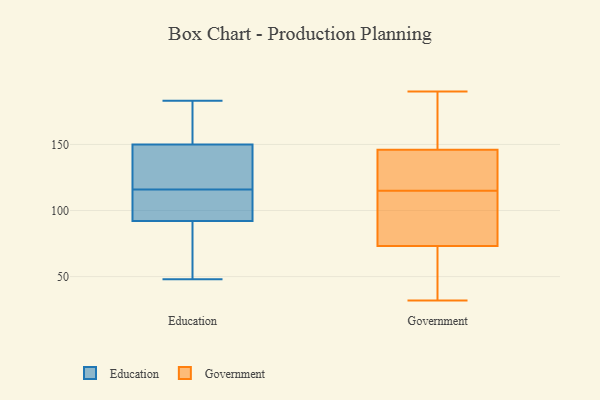
{"axis": {"x": "Tickets Resolved", "y": "Value"}, "legend": ["Education", "Government"], "data": [{"x": "", "y": 102, "type": "Education"}, {"x": "", "y": 151, "type": "Education"}, {"x": "", "y": 66, "type": "Education"}, {"x": "", "y": 150, "type": "Education"}, {"x": "", "y": 92, "type": "Education"}, {"x": "", "y": 53, "type": "Education"}, {"x": "", "y": 139, "type": "Education"}, {"x": "", "y": 99, "type": "Education"}, {"x": "", "y": 48, "type": "Education"}, {"x": "", "y": 96, "type": "Education"}, {"x": "", "y": 160, "type": "Education"}, {"x": "", "y": 130, "type": "Education"}, {"x": "", "y": 138, "type": "Education"}, {"x": "", "y": 183, "type": "Education"}, {"x": "", "y": 189, "type": "Government"}, {"x": "", "y": 115, "type": "Government"}, {"x": "", "y": 142, "type": "Government"}, {"x": "", "y": 124, "type": "Government"}, {"x": "", "y": 158, "type": "Government"}, {"x": "", "y": 74, "type": "Government"}, {"x": "", "y": 40, "type": "Government"}, {"x": "", "y": 71, "type": "Government"}, {"x": "", "y": 75, "type": "Government"}, {"x": "", "y": 85, "type": "Government"}, {"x": "", "y": 118, "type": "Government"}, {"x": "", "y": 190, "type": "Government"}, {"x": "", "y": 40, "type": "Government"}, {"x": "", "y": 134, "type": "Government"}, {"x": "", "y": 32, "type": "Government"}, {"x": "", "y": 79, "type": "Government"}, {"x": "", "y": 164, "type": "Government"}]}